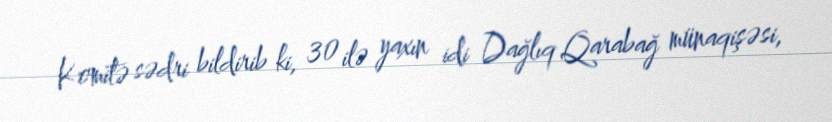
Komitə sədri bildirib ki, 30 ilə yaxın idi Dağlıq Qarabağ münaqişəsi,